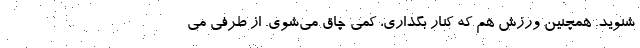
‌شنويد. همچنين ورزش هم كه كنار بگذاري، كمي چاق مي‌شوي. از طرفي مي